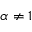
\alpha \neq 1